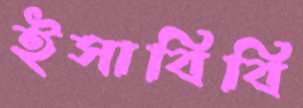
ইসাবিবি